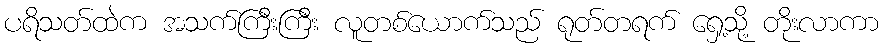
ပရိသတ်ထဲက အသက်ကြီးကြီး လူတစ်ယောက်သည် ရုတ်တရက် ရှေ့သို့ တိုးလာကာ